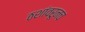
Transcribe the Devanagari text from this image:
ठशांवरूनच